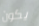
يكون